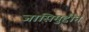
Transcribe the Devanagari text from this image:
जासिमुद्दीन